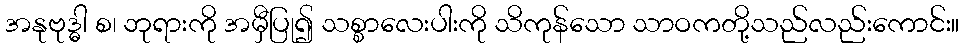
အနုဗုဒ္ဓါ စ၊ ဘုရားကို အမှီပြု၍ သစ္စာလေးပါးကို သိကုန်သော သာဝကတို့သည်လည်းကောင်း။